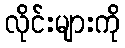
လိုင်းများကို